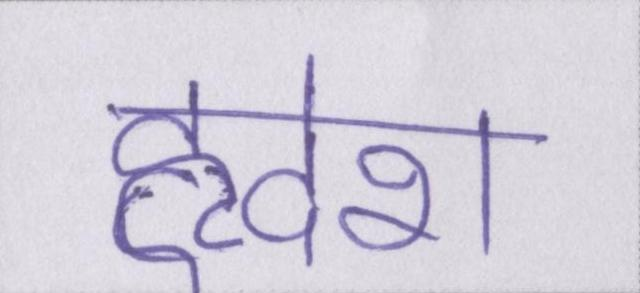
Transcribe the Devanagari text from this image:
हृदेश